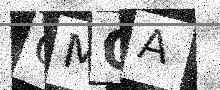
Text: QMOA